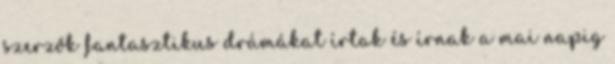
szerzők fantasztikus drámákat írtak és írnak a mai napig